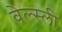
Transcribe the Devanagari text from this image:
वेल्स्ली